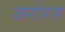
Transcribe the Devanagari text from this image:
जरोरत